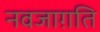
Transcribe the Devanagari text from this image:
नवजाग़ति